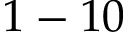
1 - 1 0